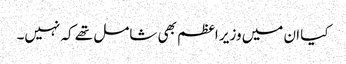
کیا ان میں وزیر اعظم بھی شامل تھے کہ نہیں۔